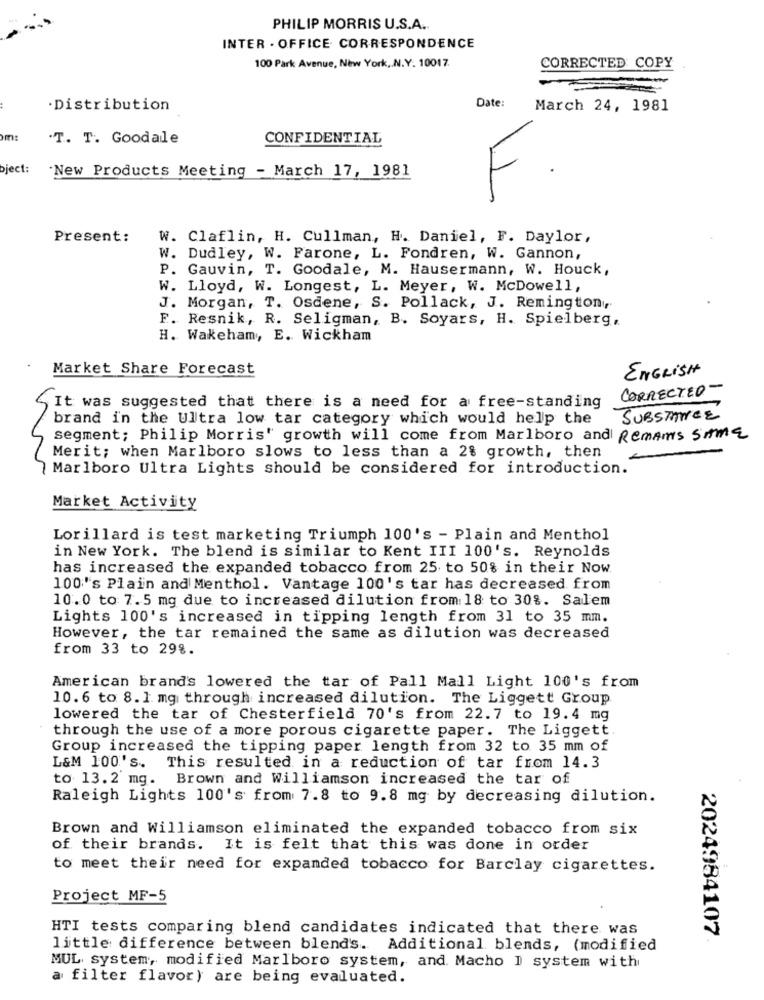
PHILIP MORRIS U.S.A ..
INTER . OFFICE. CORRESPONDENCE
100 Park Avenue, New York ,. N.Y. 10017.
CORRECTED COPY
Date:
·Distribution
March 24, 1981
.T. T. Goodale
CONFIDENTIAL
bject:
"New Products Meeting - March 17, 1981
F.
Present:
W. Claflin, H. Cullman, H. Daniel, F. Daylor,
W. Dudley, W. Farone, L. Fondren, W. Gannon,
P. Gauvin, T. Goodale, M. Hausermann, W. Houck,
W. Lloyd, W. Longest, L. Meyer, W. McDowell,
J. Morgan, T. Osdene, S. Pollack, J. Remington,
F. Resnik, R. Seligman, B. Soyars, H. Spielberg,
H. Wakeham, E. Wickham
Market Share Forecast
ENGLISH
CORRECTED-
It was suggested that there is a need for a free-standing
brand in the Ultra low tar category which would help the
SUBSTANCE
segment; Philip Morris" growth will come from Marlboro and Remains SAME
Merit; when Marlboro slows to less than a 2% growth, then
Marlboro Ultra Lights should be considered for introduction.
Market Activity
Lorillard is test marketing Triumph 100's - Plain and Menthol
in New York. The blend is similar to Kent III 100's. Reynolds
has increased the expanded tobacco from 25 to 50% in their Now
100's Plain and Menthol. Vantage 100's tar has decreased from
10.0 to 7.5 mg due to increased dilution from: 18 to 30%. Salem
Lights 100's increased in tipping length from 31 to 35 mm.
However, the tar remained the same as dilution was decreased
from 33 to 298.
American brand's lowered the tar of Pall Mall Light 100's from
10.6 to 8.1 mg through increased dilution. The Liggett Group
lowered the tar of Chesterfield 70's from 22.7 to 19.4 mg
through the use of a more porous cigarette paper. The Liggett
Group increased the tipping paper length from 32 to 35 mm of
L&M 100's.
This resulted in a reduction of tar from 14.3
to 13.2 mg. Brown and Williamson increased the tar of
Raleigh Lights 100's from 7.8 to 9.8 mg by decreasing dilution.
Brown and Williamson eliminated the expanded tobacco from six
of their brands. It is felt that this was done in order
to meet their need for expanded tobacco for Barclay cigarettes.
Project MF-5
HTI tests comparing blend candidates indicated that there was
2024984107
little difference between blend's. Additional blends, (modified
MUL system, modified Marlboro system, and. Macho I system with
a filter flavor) are being evaluated.